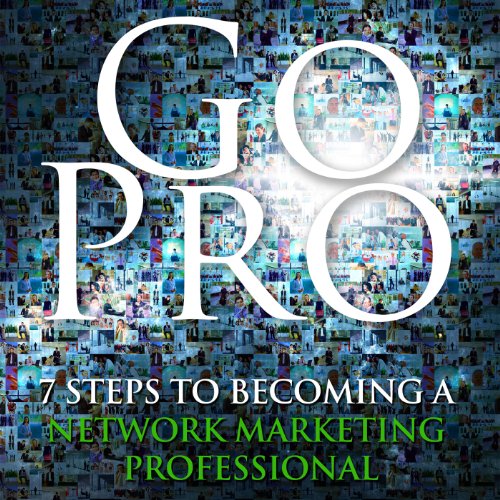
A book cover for Go Pro - 7 Steps to Becoming a Network Marketing Professional; Eric Worre; Business & Money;